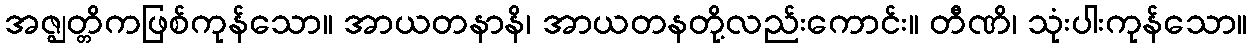
အဇ္ဈတ္တိကဖြစ်ကုန်သော။ အာယတနာနိ၊ အာယတနတို့လည်းကောင်း။ တီဏိ၊ သုံးပါးကုန်သော။